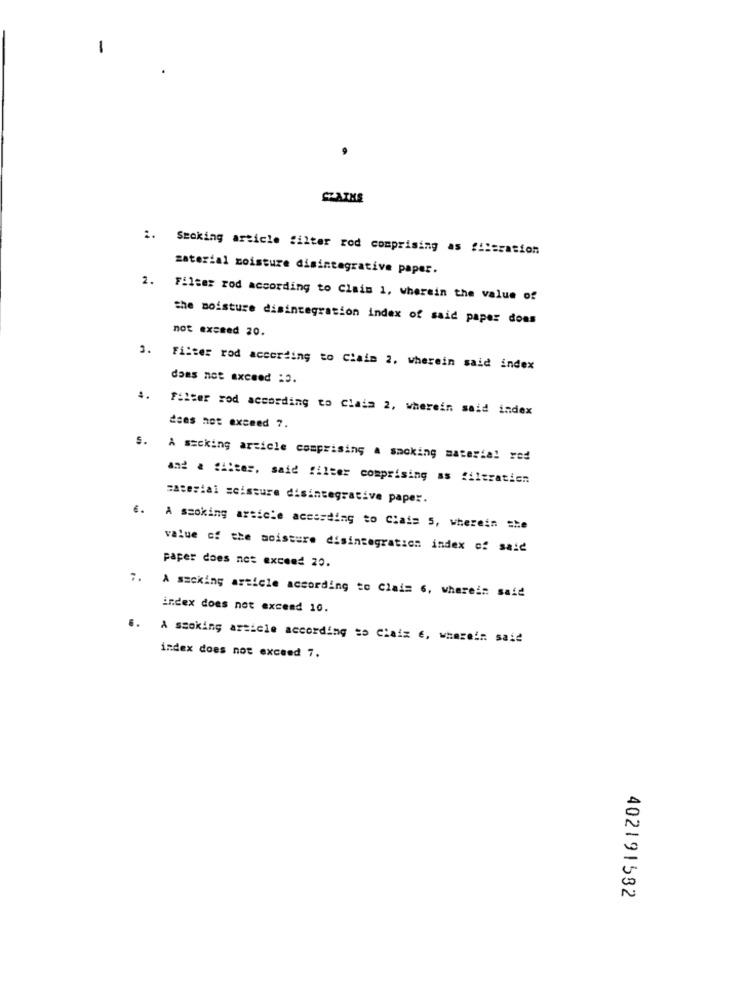
-
Smoking article filter rod comprising as filtration
material moisture disintegrative paper.
2.
Filter rod according to Claim 1, wherein the value of
the moisture disintegration index of said paper doas
not exceed 20.
3. Filter rod according to Claim 2. wherein said index
does not exceed :3.
4. Filter rod according to Claim 2, wherein said index
does not exceed 7.
S. A sacking article comprising a smoking material red
and a filter, said filter comprising as filtration
material =cisture disintegrative paper.
6. A smoking article according to Claim 5, wherein she
value of the moisture disintegration index of said
paper does not exceed 20.
7. A smoking article according to Claim 6, wherein said
index does not exceed 10.
6. A smoking article according so Ciaiz €, wherein said
index does not exceed 7.
402191582